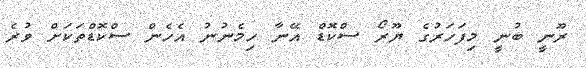
ރޫނީ ބުނީ މިފަހަރުގެ ޔޫރޯ ސްކޮޑް އޭނާ ހިމެނުނު އެހެން ސްކޮޑްތަކަށް ވުރެ